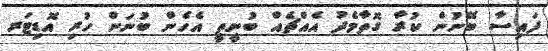
ފައިސާ ބޭނުން ކުރާ ގޮތާމެދު އެއްޗެއް ބުނީތީ އެހެން ބުނަން ހުރި އޮޑިޓަރ